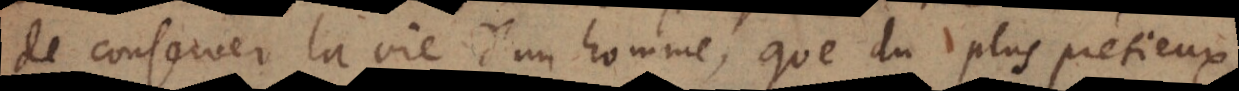
de conserver la vie d’un homme, que du plus pretieux